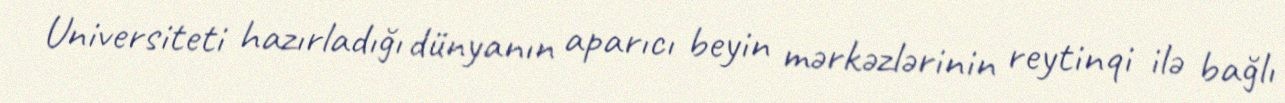
Universiteti hazırladığı dünyanın aparıcı beyin mərkəzlərinin reytinqi ilə bağlı